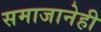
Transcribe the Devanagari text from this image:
समाजानेही